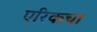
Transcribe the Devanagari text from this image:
एरिकचा